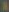
&